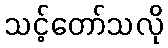
သင့်တော်သလို